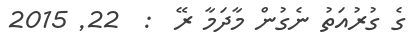
ގެ ގުރުއަތު ނެގުން މާދަމާ ރޭ  :  22